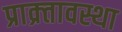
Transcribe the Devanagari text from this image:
प्राक्र्तावस्था